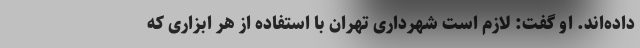
داده‌اند. او گفت: لازم است شهرداری تهران با استفاده از هر ابزاری که